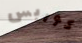
كوربس